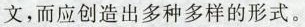
文,而应创造出多种多样的形式。